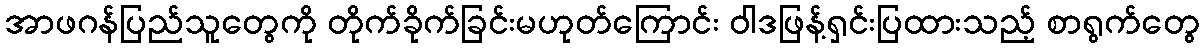
အာဖဂန်ပြည်သူတွေကို တိုက်ခိုက်ခြင်းမဟုတ်ကြောင်း ဝါဒဖြန့်ရှင်းပြထားသည့် စာရွက်တွေ